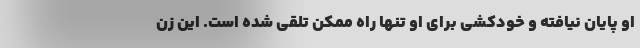
او پایان نیافته و خودکشی برای او تنها راه ممکن تلقی شده است. این زن